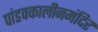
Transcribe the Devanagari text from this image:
पांडवकालीनमंदिर